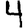
Digit: 4